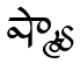
ష్మ్యా